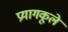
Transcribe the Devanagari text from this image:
प्रयागकूले